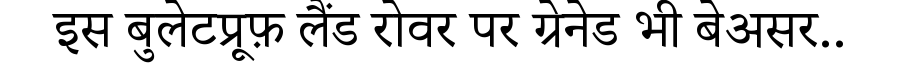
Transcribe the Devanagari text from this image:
इस बुलेटप्रूफ़ लैंड रोवर पर ग्रेनेड भी बेअसर..